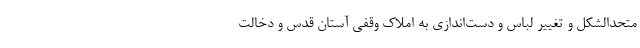
متحدالشکل و تغییر لباس و دست‌اندازی به املاک وقفی آستان قدس و دخالت